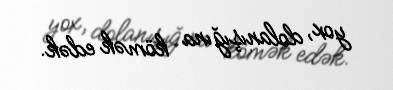
yox, dolanışığına kömək edək.